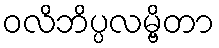
ဝလိဘိပ္ပလမ္ဗိတာ